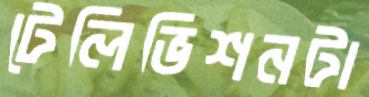
টেলিভিশনটা